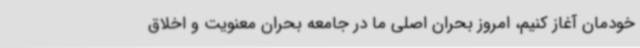
خودمان آغاز کنیم، امروز بحران اصلی ما در جامعه بحران معنویت و اخلاق